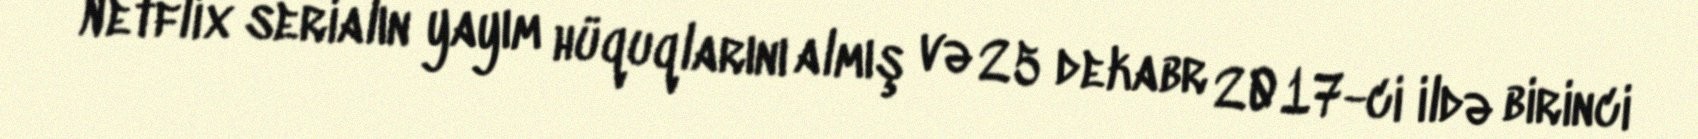
Netflix serialın yayım hüquqlarını almış və 25 dekabr 2017-ci ildə birinci